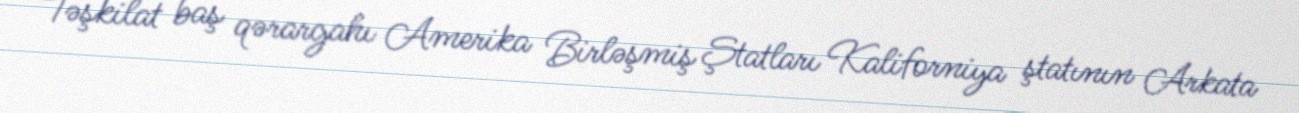
Təşkilat baş qərargahı Amerika Birləşmiş Ştatları Kaliforniya ştatının Arkata